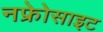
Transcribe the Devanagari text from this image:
नफ्रेोसाइट